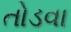
તોડવા